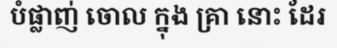
បំផ្លាញ់ ចោល ក្នុង គ្រា នោះ ដែរ